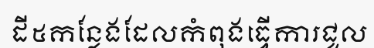
ដី៥កន្លែងដែលកំពុងធ្វើការជួល